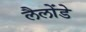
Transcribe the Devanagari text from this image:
लैलोंडे